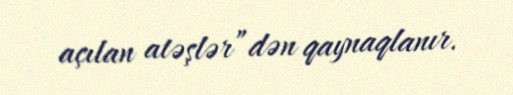
açılan atəşlər”dən qaynaqlanır.